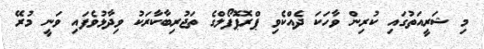
މި ޝަރީއަތުގައި ކުރިން ވާހަކަ ދެއްކެވި ޕްރޮޕޮފޯލްގެ ތަޖުރިބާކާރަކު ވިދާޅުވެފައި ވަނީ މުރޭ